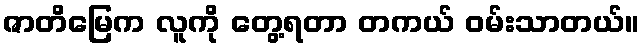
ဇာတိမြေက လူကို တွေ့ရတာ တကယ် ဝမ်းသာတယ်။